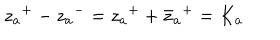
{ z _ { a } } ^ { + } - { z _ { a } } ^ { - } = { z _ { a } } ^ { + } + { { { \bar { z } } _ { a } } } ^ { + } = K _ { a }